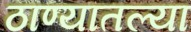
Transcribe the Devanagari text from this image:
ठाण्यातल्या